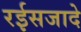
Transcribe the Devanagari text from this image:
रईसजादे